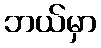
ဘယ်မှာ